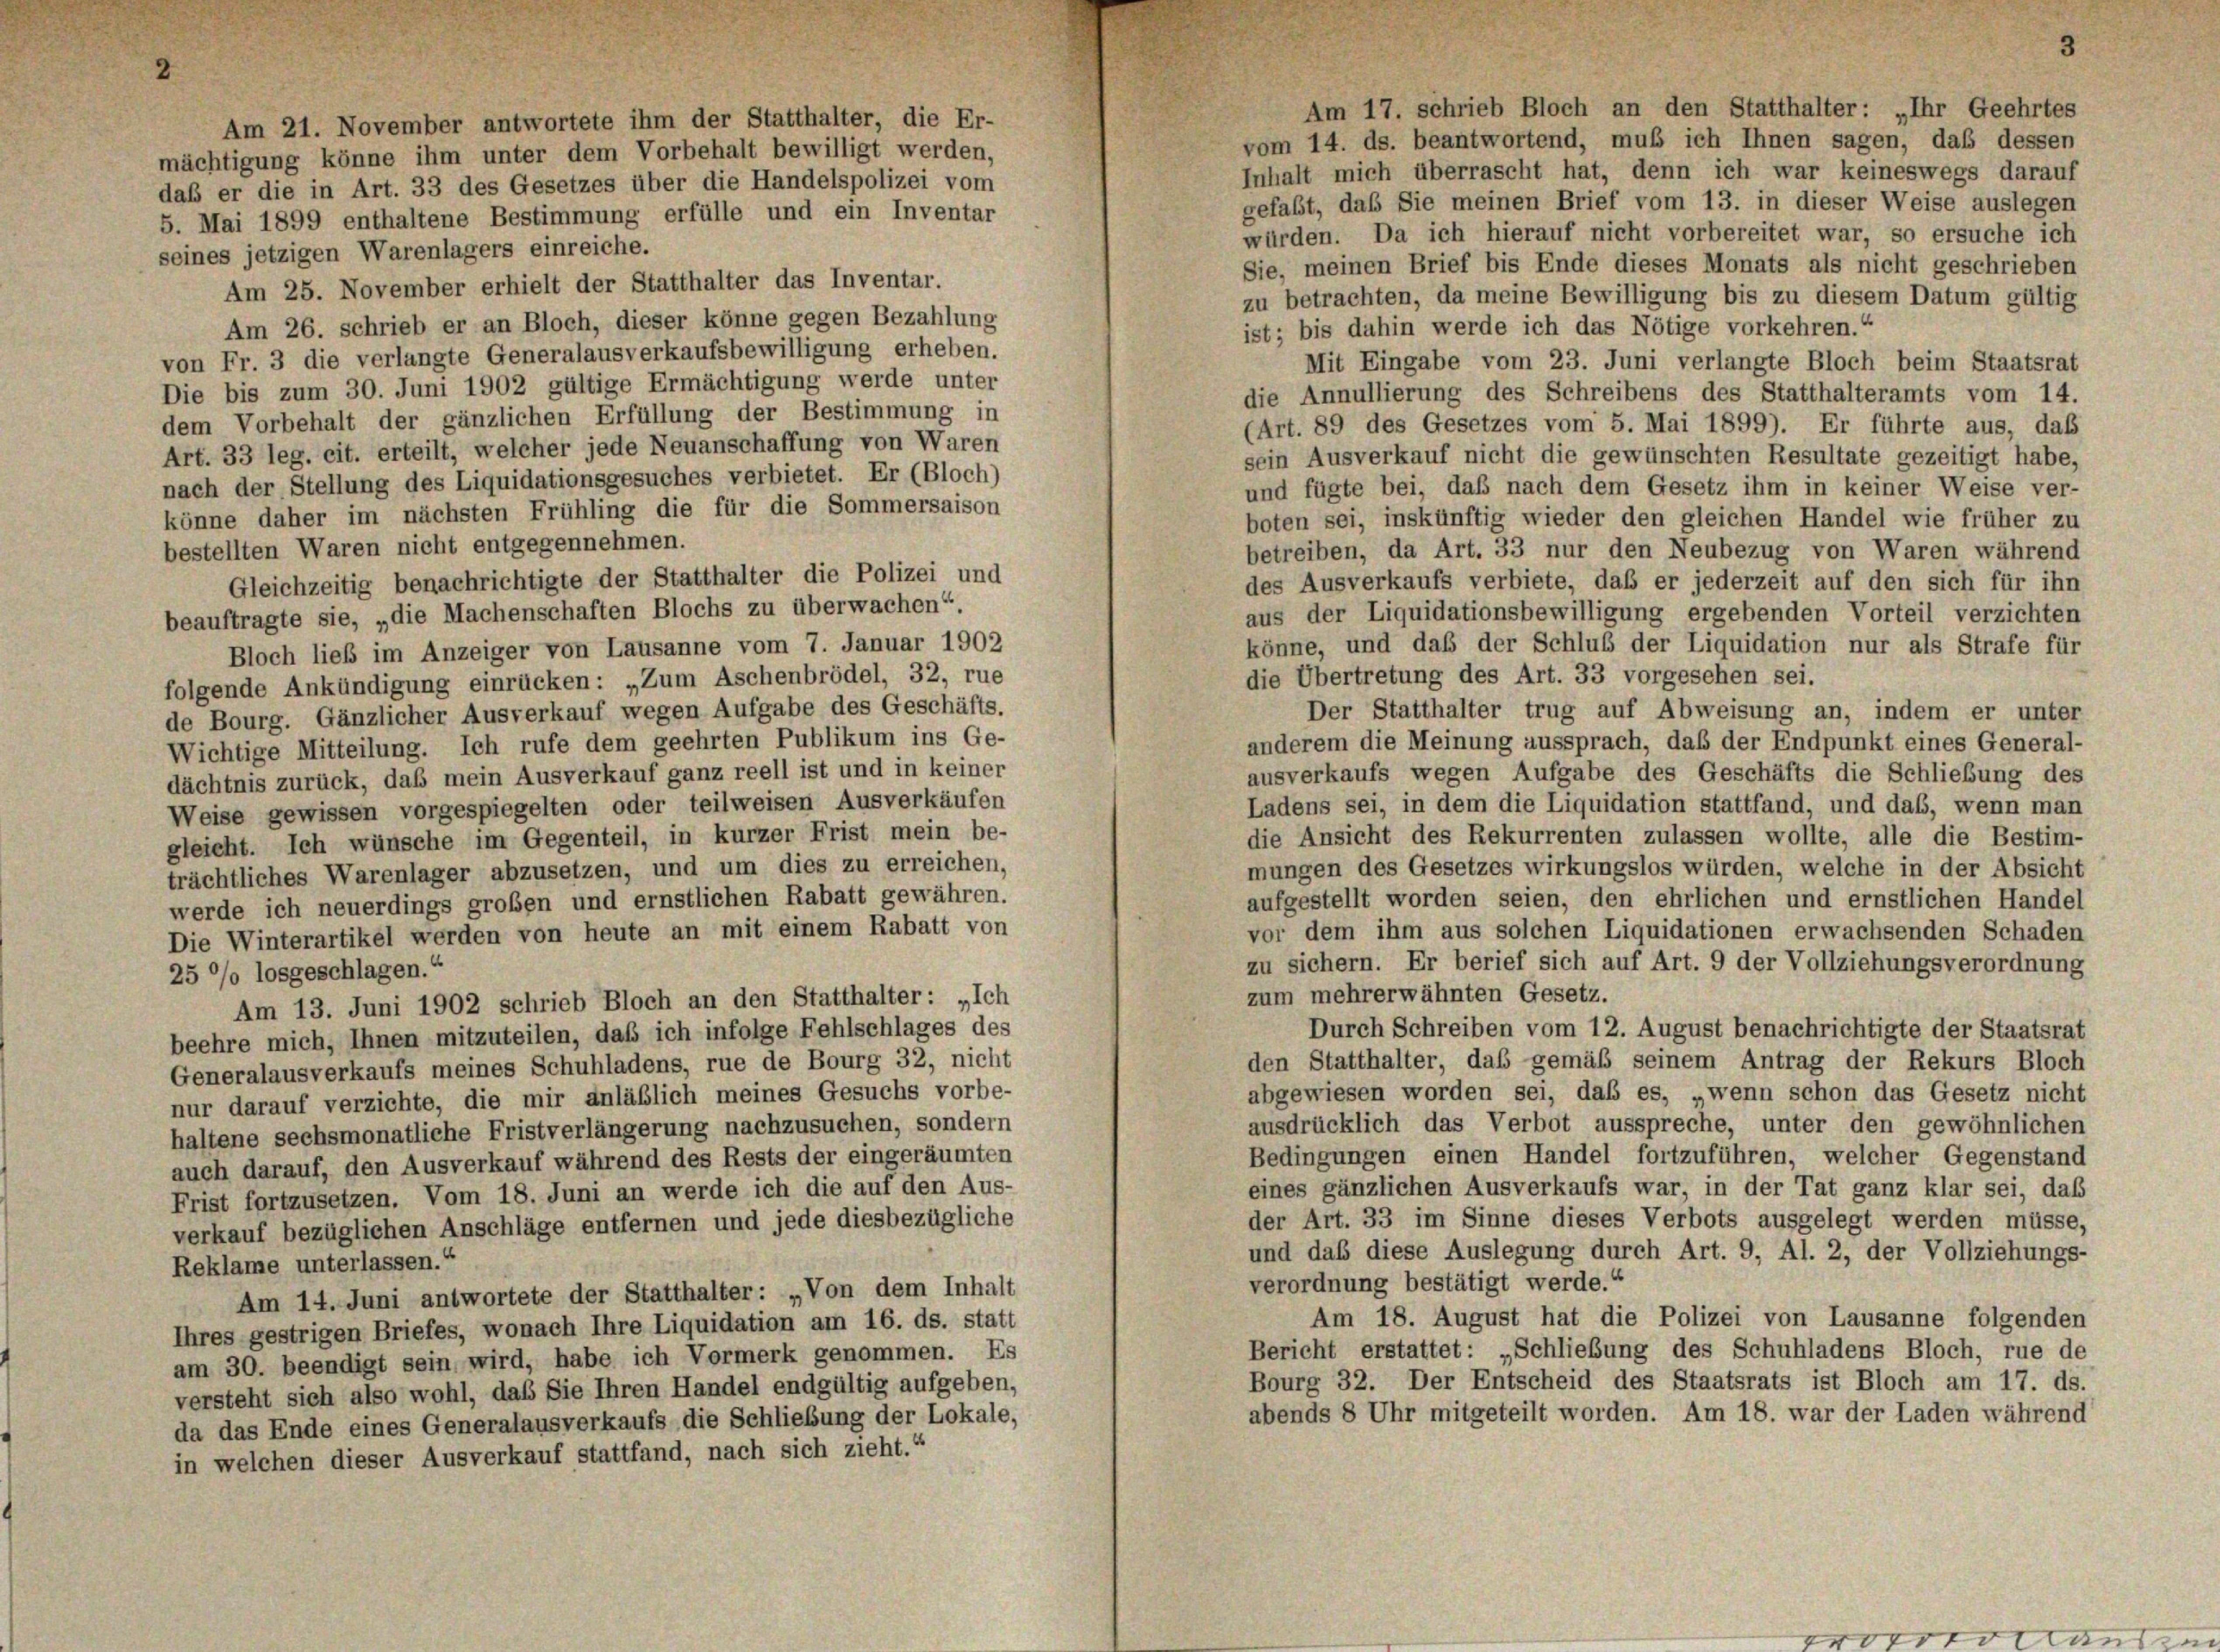
Am 17. schrieb Bloch an den Statthalter: „Ihr Geehrtes
Am 21. November antwortete ihm der Statthalter, die Er-
vom 14. ds. beantwortend, muß ich Ihnen sagen, daß dessen
mächtigung könne ihm unter dem Vorbehalt bewilligt werden,
Inhalt mich überrascht hat, denn ich war keineswegs darauf
daß er die in Art. 33 des Gesetzes über die Handelspolizei vom
gefaßt, daß Sie meinen Brief vom 13. in dieser Weise auslegen
5. Mai 1899 enthaltene Bestimmung erfülle und ein Inventar
würden. Da ich hierauf nicht vorbereitet war, so ersuche ich
seines jetzigen Warenlagers einreiche.
Sie, meinen Brief bis Ende dieses Monats als nicht geschrieben
Am 25. November erhielt der Statthalter das Inventar.
zu betrachten, da meine Bewilligung bis zu diesem Datum gültig
Am 26. schrieb er an Bloch, dieser könne gegen Bezahlung
ist; bis dahin werde ich das Nötige vorkehren.“
von Fr. 3 die verlangte Generalausverkaufsbewilligung erheben.
Mit Eingabe vom 23. Juni verlangte Bloch beim Staatsrat
Die bis zum 30. Juni 1902 gültige Ermächtigung werde unter
die Annullierung des Schreibens des Statthalteramts vom 14.
dem Vorbehalt der gänzlichen Erfüllung der Bestimmung in
(Art. 89 des Gesetzes vom 5. Mai 1899). Er führte aus, das
Art. 33 leg. cit. erteilt, welcher jede Neuanschaffung von Waren
sein Ausverkauf nicht die gewünschten Resultate gezeitigt habe,
nach der Stellung des Liquidationsgesuches verbietet. Er (Bloch)
und fügte bei, daß nach dem Gesetz ihm in keiner Weise ver-
könne daher im nächsten Frühling die für die Sommersaison
boten sei, inskünftig wieder den gleichen Handel wie früher zu
bestellten Waren nicht entgegennehmen.
betreiben, da Art. 33 nur den Neubezug von Waren während
Gleichzeitig benachrichtigte der Statthalter die Polizei und
des Ausverkaufs verbiete, daß er jederzeit auf den sich für ihn
beauftragte sie, „die Machenschaften Blochs zu überwachen“.
aus der Liquidationsbewilligung ergebenden Vorteil verzichten
könne, und daß der Schluß der Liquidation nur als Strafe für
Bloch ließ im Anzeiger von Lausanne vom 7. Januar 1902
die Übertretung des Art. 33 vorgesehen sei.
folgende Ankündigung einrücken: „Zum Aschenbrödel, 32, rue
Der Statthalter trug auf Abweisung an, indem er unter
de Bourg. Gänzlicher Ausverkauf wegen Aufgabe des Geschäfts.
anderem die Meinung aussprach, daß der Endpunkt eines General-
Wichtige Mitteilung. Ich rufe dem geehrten Publikum ins Ge-
ausverkaufs wegen Aufgabe des Geschäfts die Schließung des
dächtnis zurück, daß mein Ausverkauf ganz reell ist und in keiner
Ladens sei, in dem die Liquidation stattfand, und das, wenn man
Weise gewissen vorgespiegelten oder teilweisen Ausverkäufen
die Ansicht des Rekurrenten zulassen wollte, alle die Bestim-
gleicht. Ich wünsche im Gegenteil, in kurzer Frist mein be-
mungen des Gesetzes wirkungslos würden, welche in der Absicht
trächtliches Warenlager abzusetzen, und um dies zu erreichen,
aufgestellt worden seien, den ehrlichen und ernstlichen Handel
werde ich neuerdings großen und ernstlichen Rabatt gewähren.
vor dem ihm aus solchen Liquidationen erwachsenden Schaden
Die Winterartikel werden von heute an mit einem Rabatt von
zu sichern. Er berief sich auf Art. 9 der Vollziehungsverordnung
25 % losgeschlagen.
zum mehrerwähnten Gesetz.
Am 13. Juni 1902 schrieb Bloch an den Statthalter: „Ich
Durch Schreiben vom 12. August benachrichtigte der Staatsrat
beehre mich, Ihnen mitzuteilen, daß ich infolge Fehlschlages des
den Statthalter, das gemäß seinem Antrag der Rekurs Bloch
Generalausverkaufs meines Schuhladens, rue de Bourg 32, nicht
abgewiesen worden sei, daß es, „wenn schon das Gesetz nicht
nur darauf verzichte, die mir anläßlich meines Gesuchs vorbe-
ausdrücklich das Verbot ausspreche, unter den gewöhnlichen
haltene sechsmonatliche Fristverlängerung nachzusuchen, sondern
Bedingungen einen Handel fortzuführen, welcher Gegenstand
auch darauf, den Ausverkauf während des Rests der eingeräumten
eines gänzlichen Ausverkaufs war, in der Tat ganz klar sei, daß
Frist fortzusetzen. Vom 18. Juni an werde ich die auf den Aus-
der Art. 33 im Sinne dieses Verbots ausgelegt werden müsse,
verkauf bezüglichen Anschläge entfernen und jede diesbezügliche
und daß diese Auslegung durch Art. 9, Al. 2, der Vollziehungs-
Reklame unterlassen.“
verordnung bestätigt werde.“
Am 14. Juni antwortete der Statthalter: „Von dem Inhalt
Am 18. August hat die Polizei von Lausanne folgenden
Ihres gestrigen Briefes, wonach Ihre Liquidation am 16. ds. statt
Bericht erstattet: „Schließung des Schuhladens Bloch, rue de
am 30. beendigt sein wird, habe ich Vormerk genommen. Es
Bourg 32. Der Entscheid des Staatsrats ist Bloch am 17. ds.
versteht sich also wohl, das Sie Ihren Handel endgültig aufgeben,
abends 8 Uhr mitgeteilt worden. Am 18. war der Laden während
da das Ende eines Generalausverkaufs die Schließung der Lokale,
in welchen dieser Ausverkauf stattfand, nach sich zieht.“